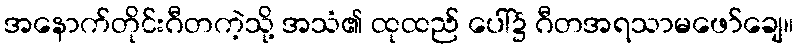
အနောက်တိုင်းဂီတကဲ့သို့ အသံ၏ ထုထည် ပေါ်၌ ဂီတအရသာမဖော်ချေ။